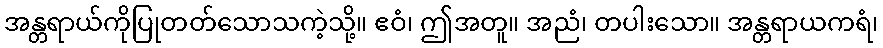
အန္တရာယ်ကိုပြုတတ်သောသကဲ့သို့။ ဧဝံ၊ ဤအတူ။ အညံ၊ တပါးသော။ အန္တရာယကရံ၊